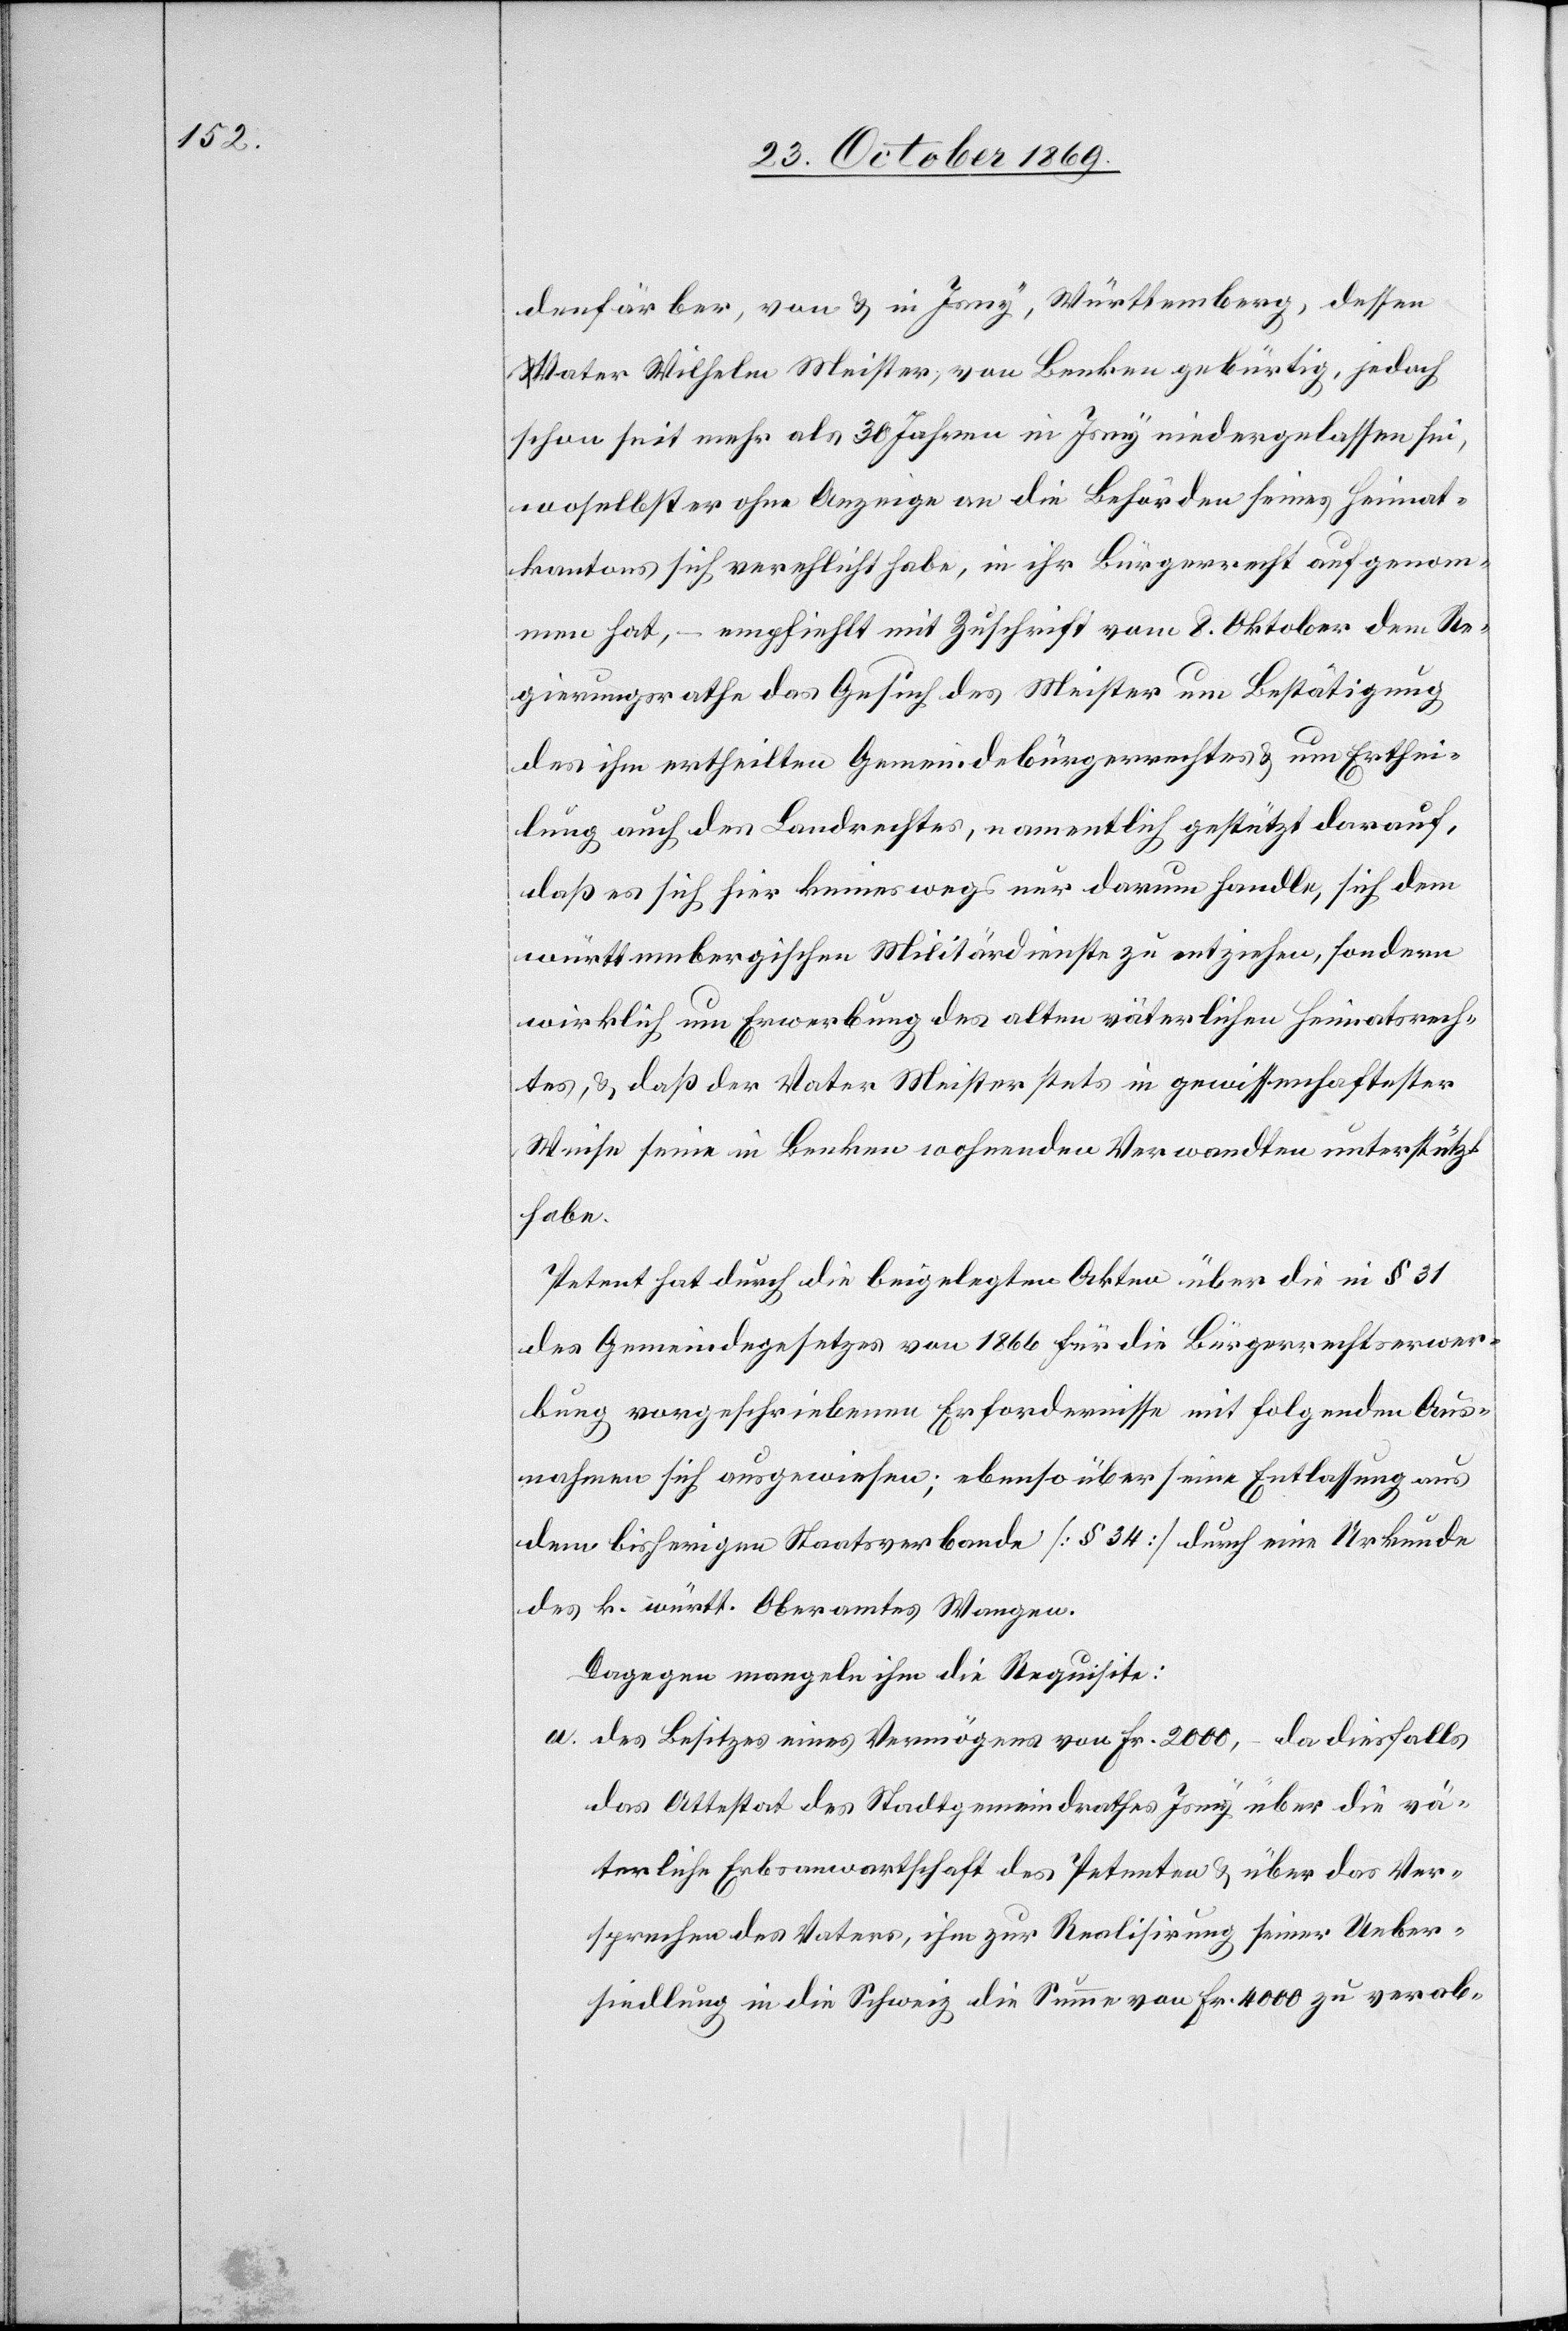
denfärber, von & in Isny, Württemberg, dessen
Vater Wilhelm Meister, von Benken gebürtig, jedoch
schon seit mehr als 30 Jahren in Isny niedergelassen sei,
woselbst er ohne Anzeige an die Behörden seines Heimat¬
kantons sich verehlicht habe, in ihr Bürgerrecht aufgenom¬
men hat, – empfiehlt mit Zuschrift vom 8. Oktober dem Re¬
gierungsrathe das Gesuch des Meister um Bestätigung
des ihm ertheilten Gemeindebürgerrechtes & um Erthei¬
lung auch des Landrechtes, namentlich gestützt darauf,
daß es sich hier keineswegs nur darum handle, sich dem
württembergischen Militärdienste zu entziehen, sondern
wirklich um Erwerbung des alten väterlichen Heimatsrech¬
tes, & daß der Vater Meister stets in gewissenhaftester
Weise seine in Benken wohnenden Verwandten unterstützt
habe.
Petent hat durch die beigelegten Akten über die in § 31
des Gemeindegesetzes von 1866 für die Bürgerrechtserwer¬
bung vorgeschriebenen Erfordernisse mit folgenden Aus¬
nahmen sich ausgewiesen; ebenso über seine Entlassung aus
dem bisherigen Staatsverbande [§ 34] durch eine Urkunde
des k. württ. Oberamtes Wangen.
Dagegen mangeln ihm die Requisite:
des Besitzes eines Vermögens von Fr. 2000, – da diesfalls
das Attestat des Stadtgemeindrathes Isny über die vä¬
terliche Erbsanwartschaft des Petenten & über das Ver¬
sprechen des Vaters, ihm zur Realisirung seiner Ueber¬
siedlung in die Schweiz die Summe von Fr. 4000 zu verab-